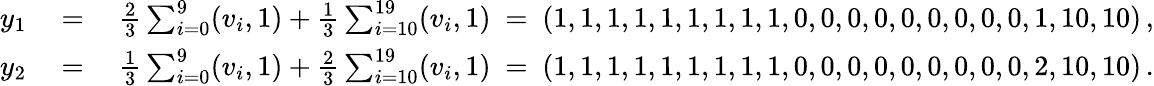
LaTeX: \begin{array}{rlr}{y_{1}\ }&{=}&{\ \frac{2}{3}\sum_{i=0}^{9}(v_{i},1)+\frac{1}{3}\sum_{i=10}^{19}(v_{i},1)\ =\ (1,1,1,1,1,1,1,1,1,0,0,0,0,0,0,0,0,0,1,10,10)\, ,}\\ {y_{2}\ }&{=}&{\ \frac{1}{3}\sum_{i=0}^{9}(v_{i},1)+\frac{2}{3}\sum_{i=10}^{19}(v_{i},1)\ =\ (1,1,1,1,1,1,1,1,1,0,0,0,0,0,0,0,0,0,2,10,10)\, .}\end{array}